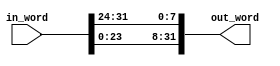


module rotword(/*AUTOARG*/
   // Outputs
   out_word,
   // Inputs
   in_word
   );

input [0:31] in_word;

output [0:31] out_word;


assign out_word [0:7] = in_word [8:15];
assign out_word [8:15] = in_word [16:23];
assign out_word [16:23] = in_word [24:31];
assign out_word [24:31] = in_word [0:7];



endmodule